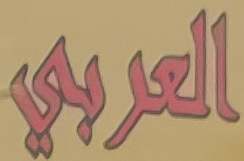
العربي